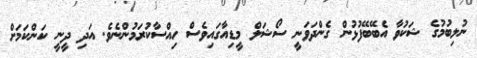
ނުލިބުމުގެ ޝަކުވާ އެބޭބޭފުޅުން ގެންދަވަނީ ސޯޝަލް މީޑިއާގައިވެސް ހިއްސާކުރަމުންނެވެ. އަދި ދީނީ ކަންކަމަށް